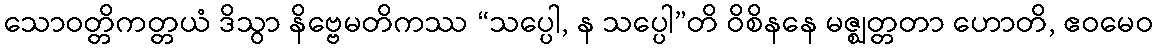
သောဝတ္တိကတ္တယံ ဒိသွာ နိဗ္ဗေမတိကဿ “သပ္ပေါ, န သပ္ပေါ”တိ ဝိစိနနေ မဇ္ဈတ္တတာ ဟောတိ, ဧဝမေဝ